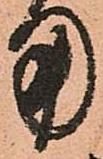
用